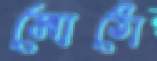
মোঠো